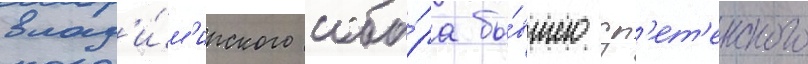
влад'и́м'ирского собо́ра бы́вшего ср'ет'енского